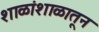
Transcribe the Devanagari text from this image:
शाळांशाळातून